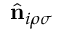
\hat { \bf n } _ { i \rho \sigma }